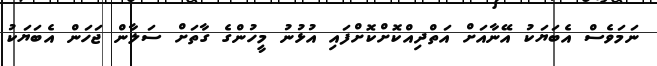
ނަމަވެސް އެބަޔަކު އޭނާއަށް އަތްދިއްކޮށްކޮށްފައި އުޅުނު މީހުންގެ ގާތަށް ސަލާން ޖަހަން އެބަޔަކު